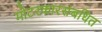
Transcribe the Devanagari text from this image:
मोटरकारसंबधित